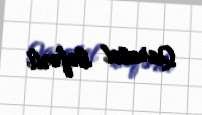
Qaratel Səfərli